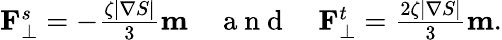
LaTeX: \begin{array}{r}{\mathbf{F}_{\perp}^{s}=-\frac{\zeta\vert\nabla S\vert}{3}\mathbf{m}\quad\mathrm{~a~n~d~}\quad\mathbf{F}_{\perp}^{t}=\frac{2\zeta\vert\nabla S\vert}{3}\mathbf{m}.}\end{array}